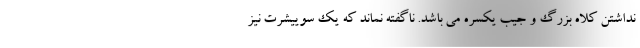
نداشتن کلاه بزرگ و جیب یکسره می باشد. ناگفته نماند که یک سوییشرت نیز